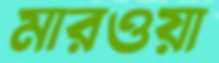
মারওয়া